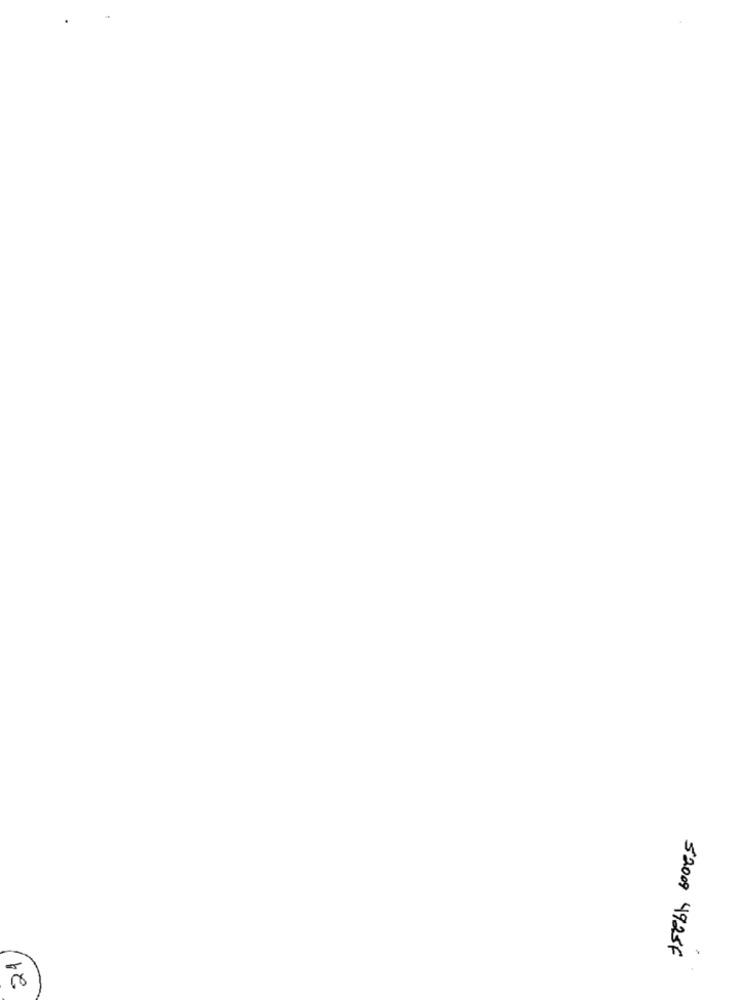
21
.
52009 4925F